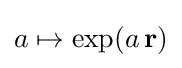
a\mapsto \exp(a\,\mathbf {r} )